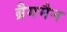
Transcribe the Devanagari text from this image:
ब्रैगमैन